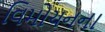
વિમોચનના